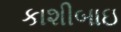
કાશીબાઇ